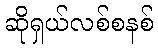
ဆိုရှယ်လစ်စနစ်